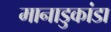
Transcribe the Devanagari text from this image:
मानाडुकांडा